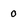
Character: 0